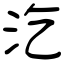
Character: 汔